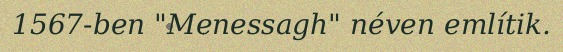
1567-ben "Menessagh" néven említik.